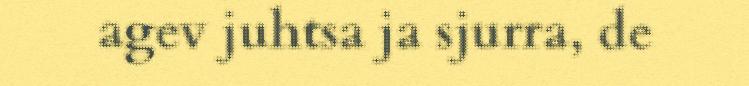
agev juhtsa ja sjurra, de